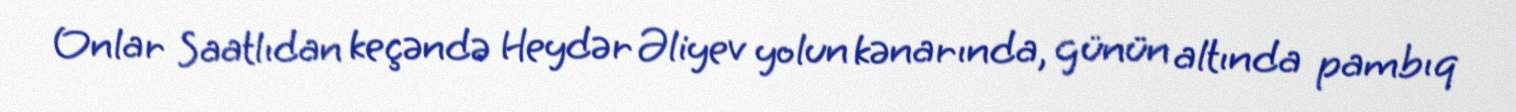
Onlar Saatlıdan keçəndə Heydər Əliyev yolun kənarında, günün altında pambıq